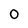
Character: 0